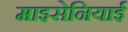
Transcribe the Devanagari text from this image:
माइसेनियाई